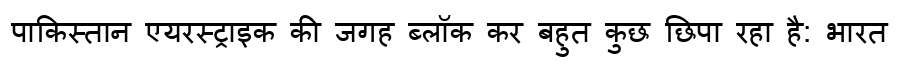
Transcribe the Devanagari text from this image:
पाकिस्तान एयरस्ट्राइक की जगह ब्लॉक कर बहुत कुछ छिपा रहा है: भारत